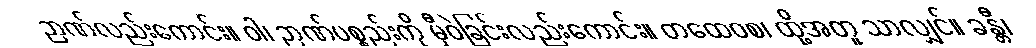
ဉာဏ်လည်းကောင်း။ ဝါ၊ ဉာဏ်ပစ္စည်းကို မှီဝဲခြင်းလည်းကောင်း။ တထေဝစ၊ ထို့အတူ သာလျှင်။ ခန္တီ၊